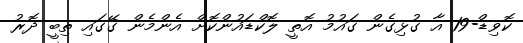
ކޮވިޑް-19 އާ ގުޅިގެން ގައުމު އޮތީ ލޮކްޑައުންކޮށް އެންމެން ގޭގައި ތިބީ ދޮރު